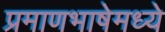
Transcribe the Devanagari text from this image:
प्रमाणभाषेमध्ये